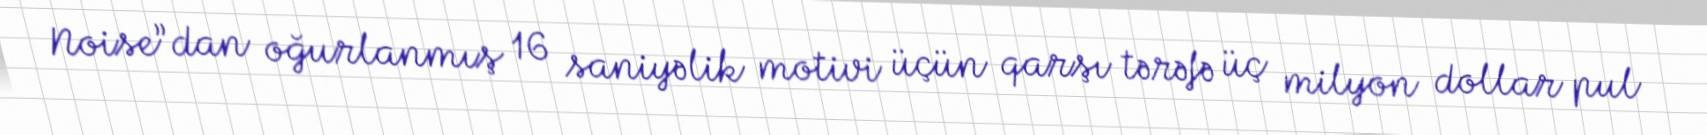
Noise”dan oğurlanmış 16 saniyəlik motivi üçün qarşı tərəfə üç milyon dollar pul